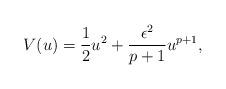
LaTeX: \begin{align*}V(u) = \frac{1}{2} u^2 + \frac{\epsilon^2}{p+1} u^{p+1},\end{align*}